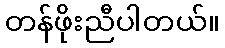
တန်ဖိုးညီပါတယ်။